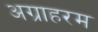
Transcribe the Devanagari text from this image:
अग्राहरम